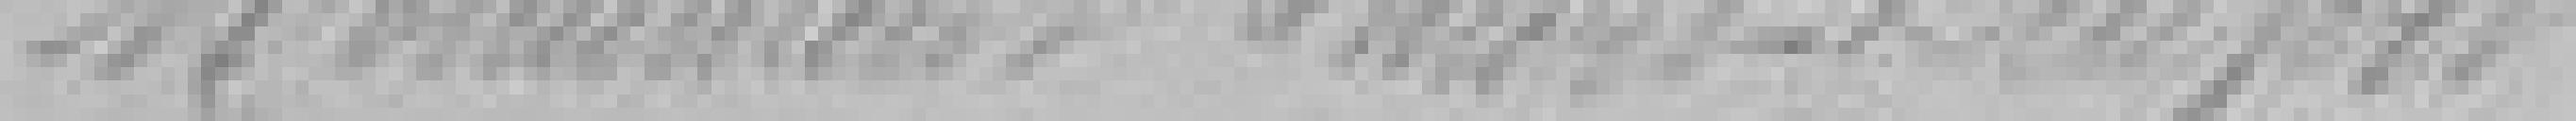
Monument Thiers-Denfert